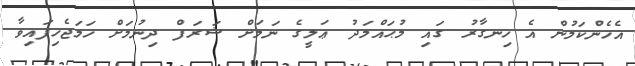
އެހެންކަމުން އެ ހިނގާރު ގައި މުޙައްމަދު ޢަލީގެ ނަމަށް ޝަރަފް ދިނުމަށް ހަމަޖެހިފައިވާ